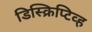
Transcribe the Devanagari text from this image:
डिस्क्रिप्टिव्ह